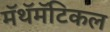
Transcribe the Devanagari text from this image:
मॅथॅमॅटिकल